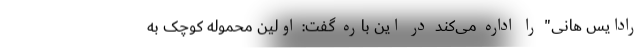
رادایس هانی" را اداره می‌کند در این باره گفت: اولین محموله کوچک به